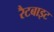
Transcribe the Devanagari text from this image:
रैटबाइट